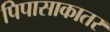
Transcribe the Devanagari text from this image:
पिपासाकातर